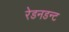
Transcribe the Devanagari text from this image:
रेडनडन्ट